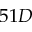
5 1 D